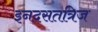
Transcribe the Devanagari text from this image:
इनदसतत्रिज